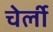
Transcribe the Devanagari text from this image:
चेर्ली